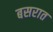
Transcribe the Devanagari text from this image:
बसरात